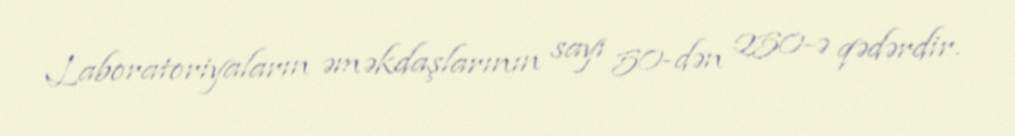
Laboratoriyaların əməkdaşlarının sayı 50-dən 250-ə qədərdir.